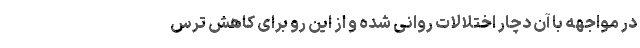
در مواجهه با آن دچار اختلالات روانی شده و از این رو برای کاهش ترس